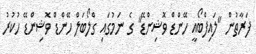
ފަރާތުން "ލައިފްބޯއީ ހޭންޑް ވޮޝިންޑޭ" ގެ ނަމުގައި ގްލޯބަލް ހޭންޑް ވޮޝިންޑޭ ހުކުރު